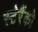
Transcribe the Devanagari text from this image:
स्टेरैंको